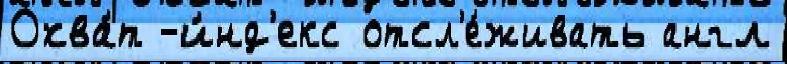
Охва́т -и́нд'екс отсл'е́живать англ